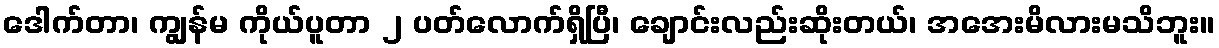
ဒေါက်တာ၊ ကျွန်မ ကိုယ်ပူတာ ၂ ပတ်လောက်ရှိပြီ၊ ချောင်းလည်းဆိုးတယ်၊ အအေးမိလားမသိဘူး။